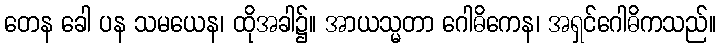
တေန ခေါ ပန သမယေန၊ ထိုအခါ၌။ အာယသ္မတာ ဂေါဓိကေန၊ အရှင်ဂေါဓိကသည်။